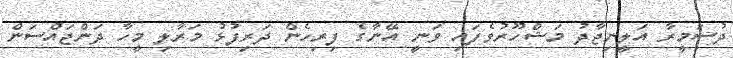
ދުސަމީރާ އަލީނިޖާދު މަޝްހޫރުވެފައި ވަނީ އޭނާގެ ފިރިހެން ދަރިފުޅު މަރާލި މީހާ ދަންޖައްސަން